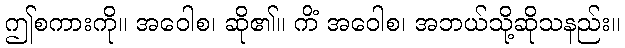
ဤစကားကို။ အဝေါစ၊ ဆို၏။ ကိံ အဝေါစ၊ အဘယ်သို့ဆိုသနည်း။